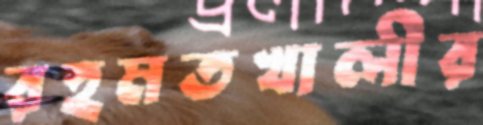
রহমতখালীর